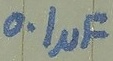
Text: 0.1µF